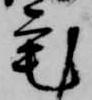
宅